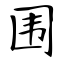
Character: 围